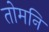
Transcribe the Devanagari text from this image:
तोमनि